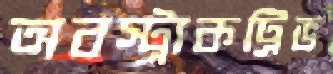
অবস্ট্রাকট্রিভ